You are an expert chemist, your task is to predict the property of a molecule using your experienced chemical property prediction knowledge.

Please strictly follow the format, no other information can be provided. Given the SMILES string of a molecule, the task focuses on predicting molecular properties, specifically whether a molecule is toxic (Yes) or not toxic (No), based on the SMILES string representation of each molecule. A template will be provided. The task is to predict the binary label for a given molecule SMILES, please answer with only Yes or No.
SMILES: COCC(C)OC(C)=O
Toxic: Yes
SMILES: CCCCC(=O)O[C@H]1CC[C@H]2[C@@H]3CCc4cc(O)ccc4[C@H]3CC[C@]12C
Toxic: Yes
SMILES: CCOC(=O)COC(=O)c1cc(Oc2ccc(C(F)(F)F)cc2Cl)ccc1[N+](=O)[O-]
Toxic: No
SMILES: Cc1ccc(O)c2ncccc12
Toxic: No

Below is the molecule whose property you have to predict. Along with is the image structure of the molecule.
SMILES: Nc1ncnc(Nc2ccc(Cl)cc2)n1
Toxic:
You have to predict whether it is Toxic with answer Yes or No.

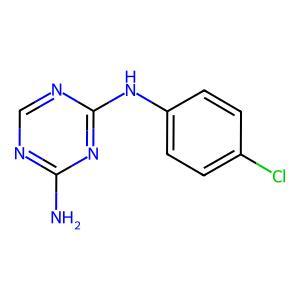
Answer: No